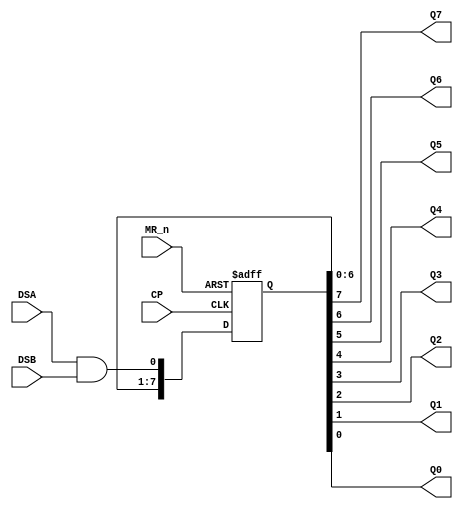
`timescale 1ns / 1ps
/////////////////////////////////////////////////////////////////
// Module Name: shift_register_8bit
// Description: A 8-bit Parallel-Out Serial Shift Register with DELAY configuration parameter
// Parameters: DELAY
/////////////////////////////////////////////////////////////////

module shift_register_8bit #(parameter DELAY = 10)(
    input DSA,DSB,CP,MR_n,
    output Q7,Q6,Q5,Q4,Q3,Q2,Q1,Q0
    );
    
    reg [7:0]Q_r;
    
    always@(posedge CP,negedge MR_n)begin
        if(!MR_n)
            Q_r <= 8'b0;
        else begin
            Q_r = Q_r << 1;
            Q_r[0] = DSA && DSB;
        end
    end
    
    assign #DELAY {Q7,Q6,Q5,Q4,Q3,Q2,Q1,Q0} = Q_r;
    
endmodule